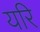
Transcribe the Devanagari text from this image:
यरि